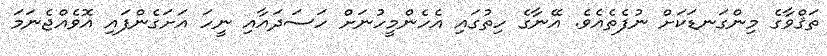
ތަޤްވާގެ މިންގަނޑަކަށް ނުފެތެއެވެ. އޭނާގެ ހިތުގައި އެހެންމީހުނަށް ހަސަދައާއި ނީހަ އަށަގެންފައި އޮވެއްޖެނަމަ